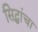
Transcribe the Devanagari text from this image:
सिद्धांचा